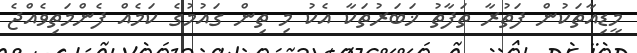
މީޑިއާތަކުން ފަތުރާ ތަފާތު ޚަބަރުތަކާ އެކު މި ތިން ގައުމުގެ ކަމެއް ފެންމަތިވެއްޖެ